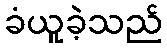
ခံယူခဲ့သည်